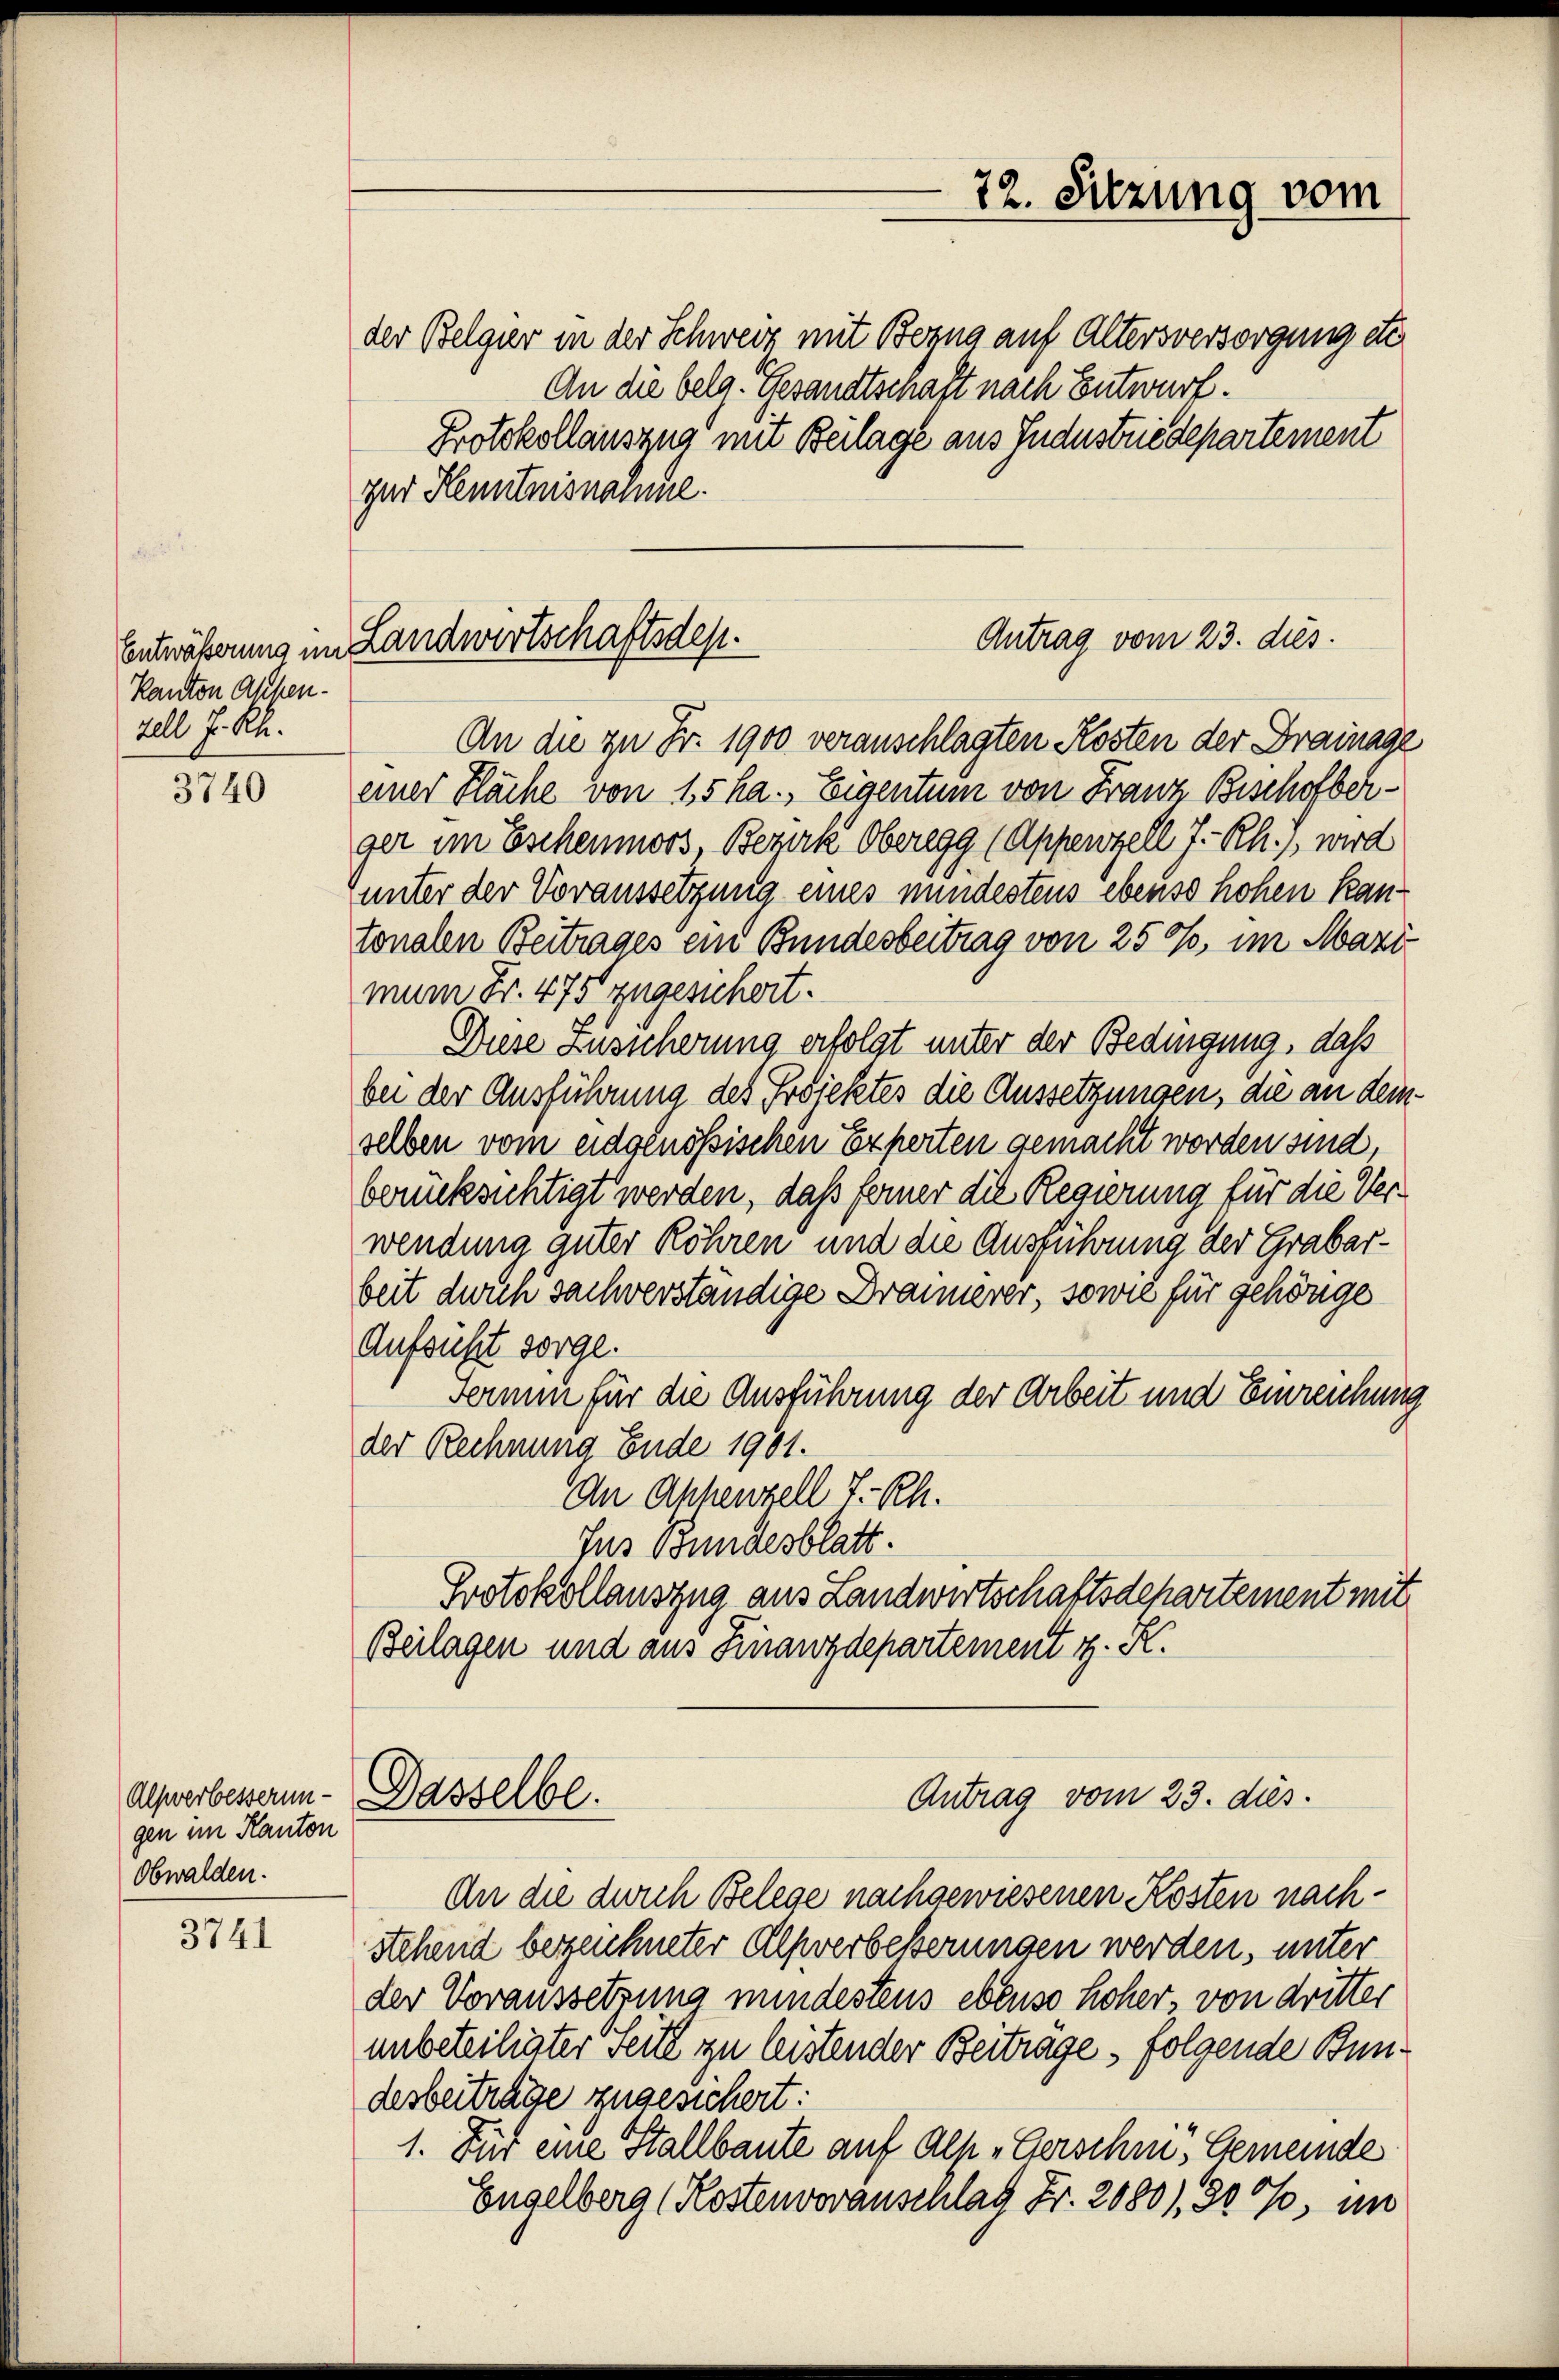
Entwässerung in
Kanton Aschen.
Zell I. Rh.

3740

Alswerbesserungen im Kanton
Obwalden.

3741

der Belgier in der Schweiz mit Bezug auf Altersversorgung etc
An die belg. Gesandtschaft nach Entwurf.
Protokollauszug mit Beilage aus Industriedepartement
zur Kenntnisnamme.

Antrag vom 23. dies
Landwirtschaftsdep

An die zu Fr. 1900 veranschlagten Kosten der Drainage
einer Häche von 15 ha. Eigentum von Franz Beschofberger im Eschenmoos, Bezirk Oberegg (Appenzell I.-Rh., wird
unter der Voraussetzung eines mindestens ebenso hohen Kantonalen Beitrages ein Bundesbeitrag von 250, im Mazi
mum Fr. 475 zugesichert.
Diese Zusicherung erfolgt unter der Bedingung, daß
bei der Ausführung des Projektes die Aussetzungen, die an deinselben vom eidgenössischen Experten gemacht worden sind
berücksichtigt werden, daß ferner die Regierung für die Verwendung guter Röhren und die Ausführung der Grabarbeit durch sachverständige Drännerer, sowie für gehörige
Aufsüßt sorge.
Fermin für die Ausführung der Arbeit und Einreichung
der Rechnung Ende 1901.
An Appenzell T.-Rh.
Jus Bundesblatt.
Protokollauszug aus Landwirtschaftsdepartement mit
Beilagen und aus Finanzdepartement z. K.

Dasselbe.
Antrag vom 23. dies

72. Sitzung vom

An die durch Belege nachgewiesenen Kosten nachstehend bezeichneter Alpverbeßerungen werden, unter
der Voraussetzung mindestens ebenso hoher, von dritter
unbeteileter Seite zu leistender Beitrage, folgende Bundesbeiträge zugesichert:
1. Für eine Stallbaute auf Alp „Gerschi, Gemeinde
Engelberg (Kostenvoranschlag Fr. 2080), 30%, im